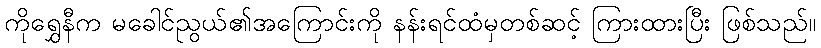
ကိုရွှေနီက မခေါင်ညွယ်၏အကြောင်းကို နန်းရင်ထံမှတစ်ဆင့် ကြားထားပြီး ဖြစ်သည်။